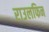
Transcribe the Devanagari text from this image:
राउलफिन